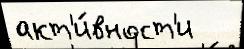
акт'и́вност'и